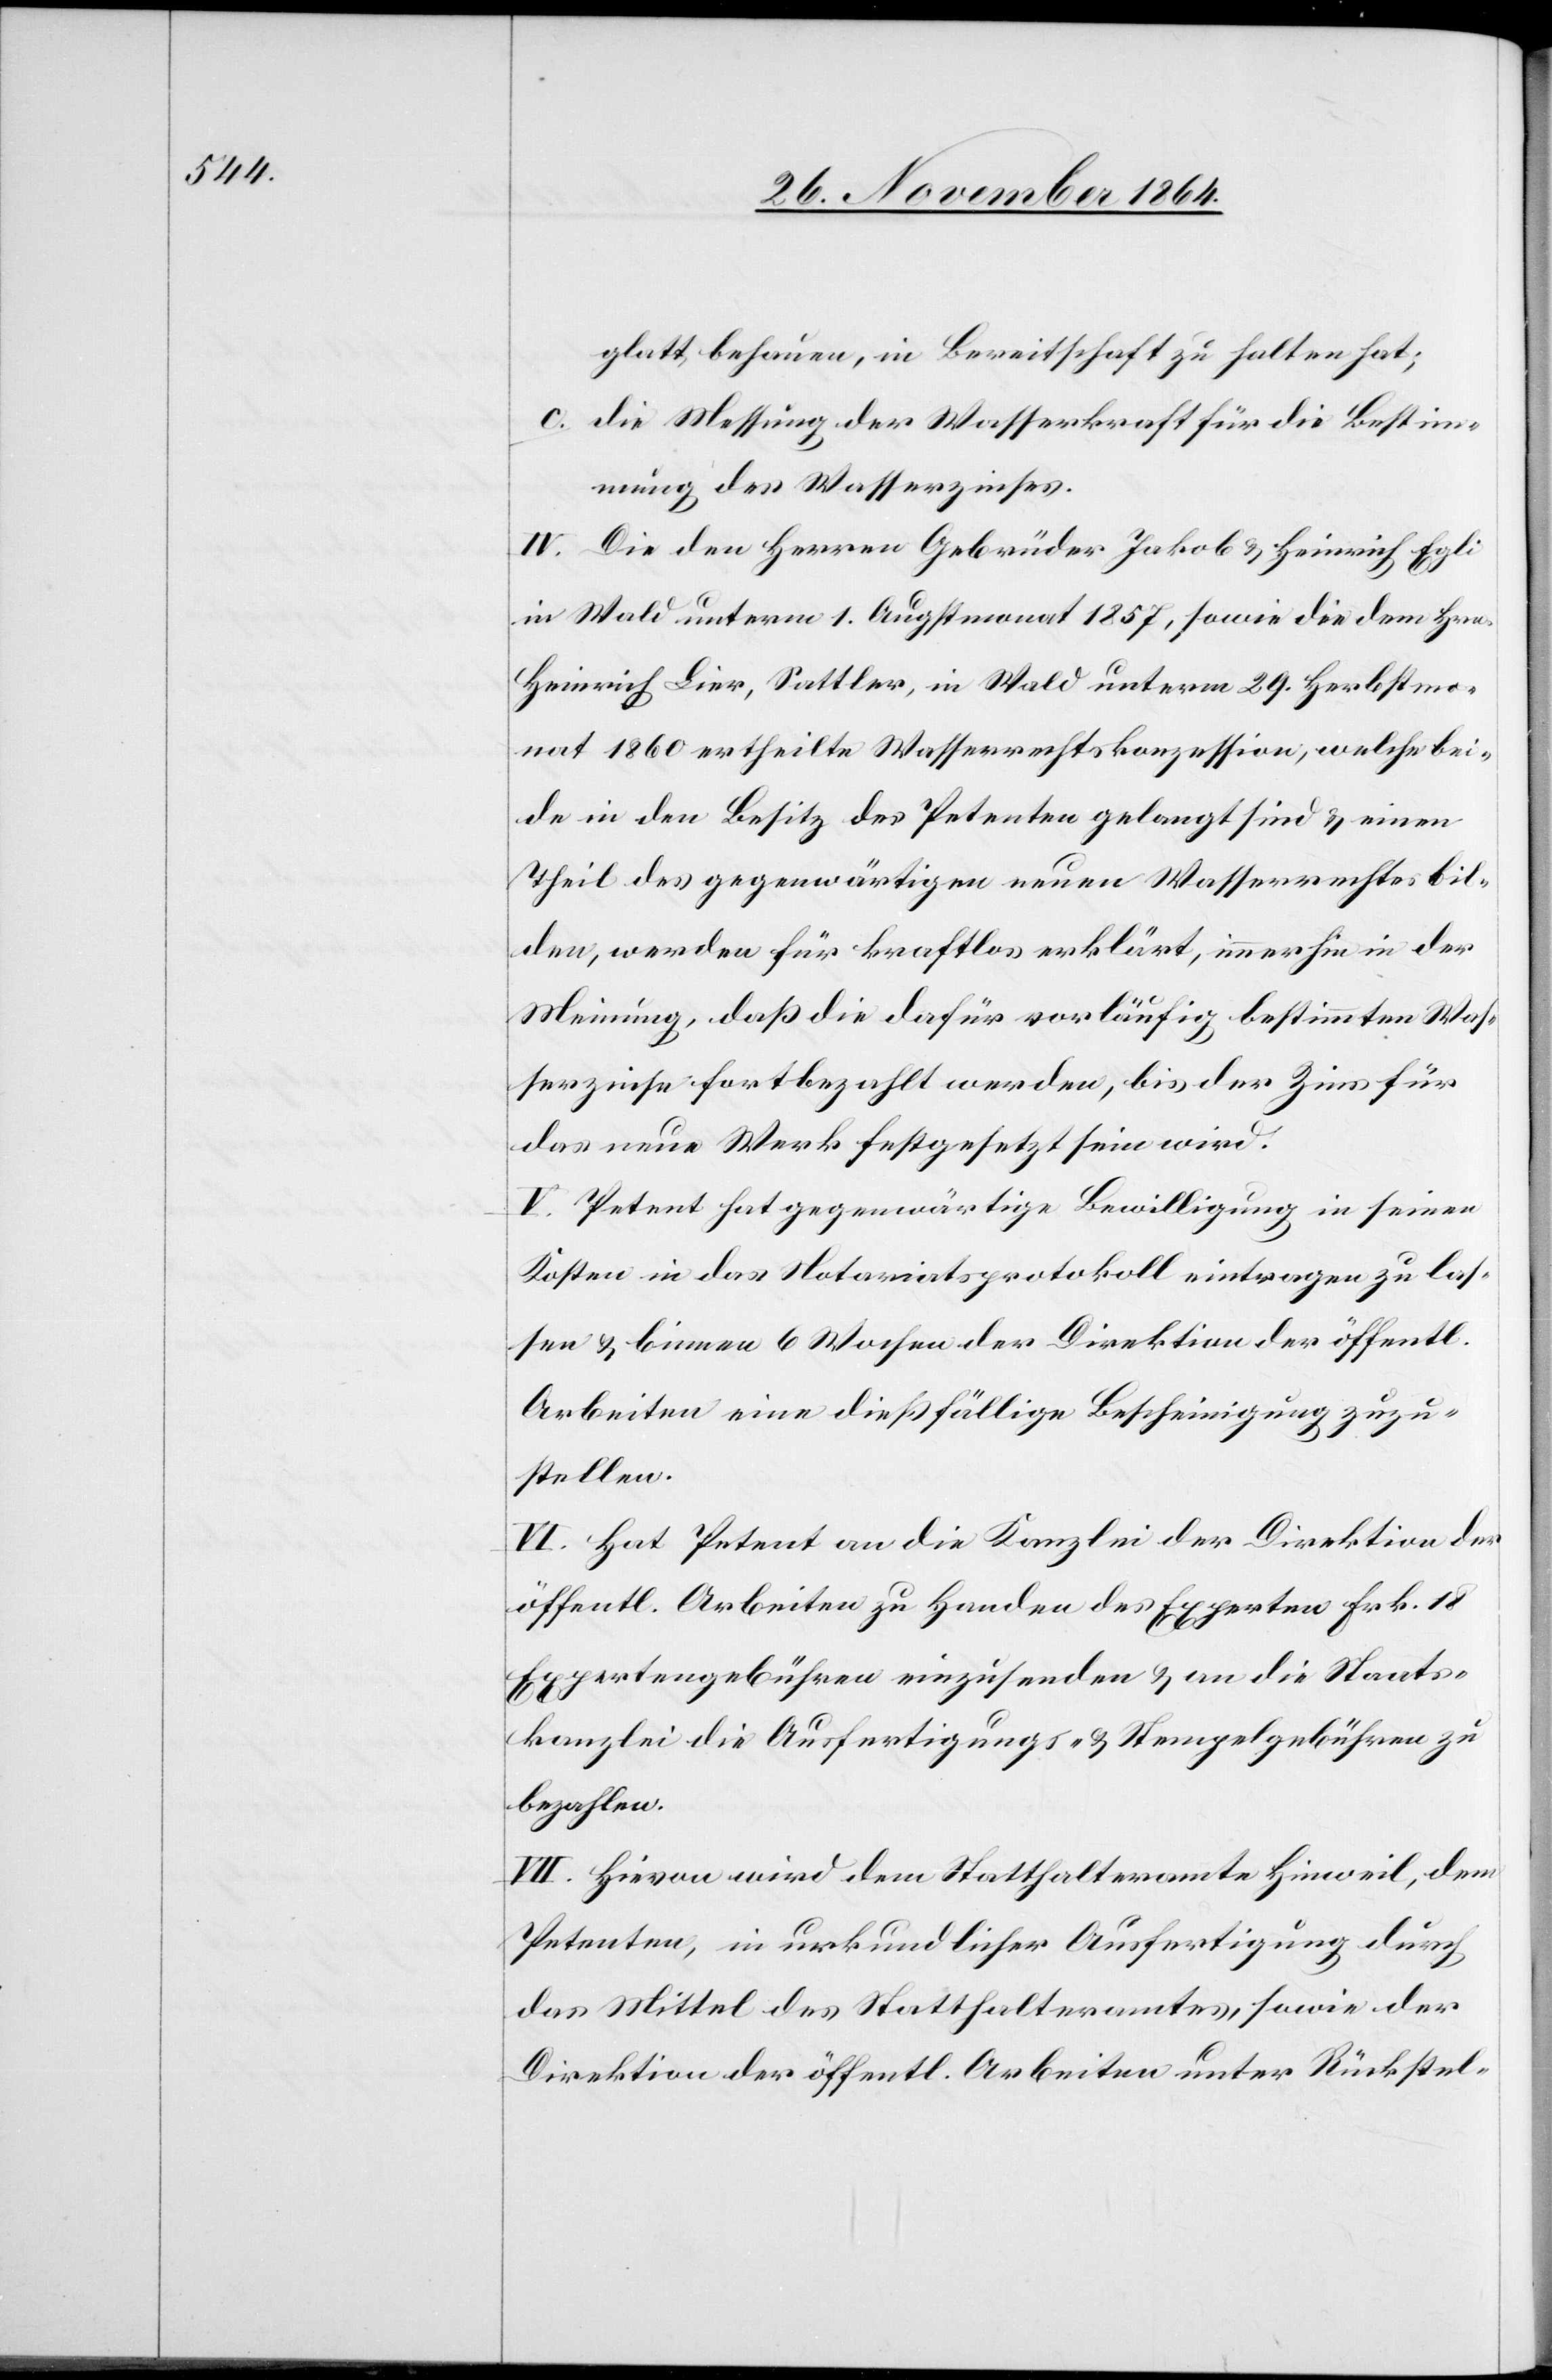
glatt behauen, in Bereitschaft zu halten hat;
c. die Messung der Wasserkraft für die Bestim¬
mung des Wasserzinses.
IV. Die den Herren Gebrüder Jakob & Heinrich Egli
in Wald unterm 1. Augstmonat 1857, sowie die dem Hrn.
Heinrich Lier, Sattler, in Wald unterm 29. Herbstmo¬
nat 1860 ertheilte Wasserrechtskonzession, welche bei¬
de in den Besitz des Petenten gelangt sind & einen
Theil des gegenwärtigen neuen Wasserrechtes bil¬
den, werden für kraftlos erklärt, immerhin in der
Meinung, daß die dafür vorläufig bestimmten Was¬
serzinse fortbezahlt werden, bis der Zins für
das neue Werk festgesetzt sein wird.
V. Petent hat gegenwärtige Bewilligung in seinen
Kosten in das Notariatsprotokoll eintragen zu las¬
sen & binnen 6 Wochen der Direktion der öffentl.
Arbeiten eine dießfällige Bescheinigung zuzu¬
stellen.
VI. Hat Petent an die Kanzlei der Direktion der
öffentl. Arbeiten zu Handen des Experten Frk. 18
Expertengebühren einzusenden & an die Staats¬
kanzlei die Ausfertigungs- & Stempelgebühren zu
bezahlen.
VII. Hievon wird dem Statthalteramte Hinweil, dem
Petenten, in urkundlicher Ausfertigung durch
das Mittel des Statthalteramtes sowie der
Direktion der öffentl. Arbeiten unter Rückstel-